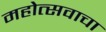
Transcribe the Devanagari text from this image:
महोत्सवाचा